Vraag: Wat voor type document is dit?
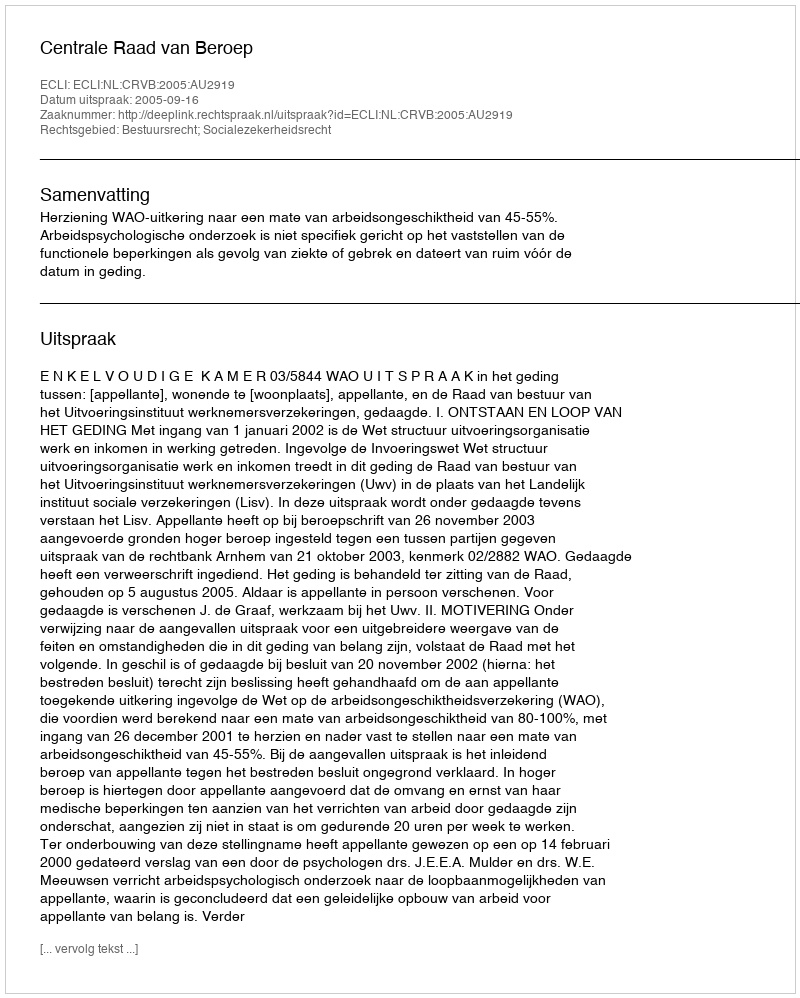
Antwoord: Uitspraak